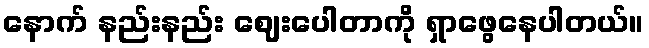
နောက် နည်းနည်း ဈေးပေါတာကို ရှာဖွေနေပါတယ်။